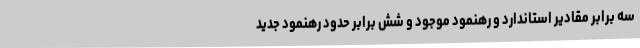
سه برابر مقادیر استاندارد و رهنمود موجود و شش برابر حدود رهنمود جدید